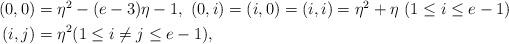
LaTeX: \begin{align*}\begin{aligned}(0,0)&=\eta^2-(e-3)\eta-1,\ (0,i)=(i,0)=(i,i)=\eta^2+\eta\ (1\leq i\leq e-1) \\(i,j)&=\eta^2 (1\leq i\neq j\leq e-1),\end{aligned}\end{align*}